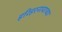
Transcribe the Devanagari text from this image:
हरिहरनावाच्या